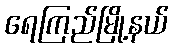
ရေကြည်မြို့နယ်